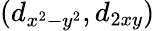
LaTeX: (d_{x^{2}-y^{2}},d_{2xy})